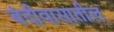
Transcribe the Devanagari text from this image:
बंदीवासातील